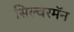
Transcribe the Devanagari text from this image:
सिल्वरमॅन